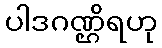
ပါဒဂဏ္ဌိရဟု